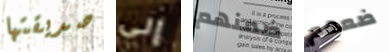
صديقتها إلى ضمنهم ضعهم